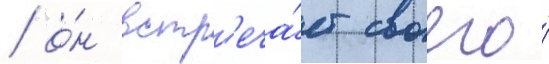
/ о́н встр'еча́ет своего́